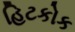
હિટકોક